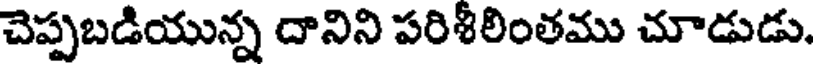
చెప్పబడియున్న దానిని పరిశీలింతము చూడుడు.